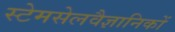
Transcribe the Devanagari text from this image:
स्टेमसेलवैज्ञानिकों